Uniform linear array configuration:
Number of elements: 12
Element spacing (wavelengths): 0.5
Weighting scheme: binomial
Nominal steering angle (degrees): -45
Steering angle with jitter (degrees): -46.178
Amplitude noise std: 0.05
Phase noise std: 0.05

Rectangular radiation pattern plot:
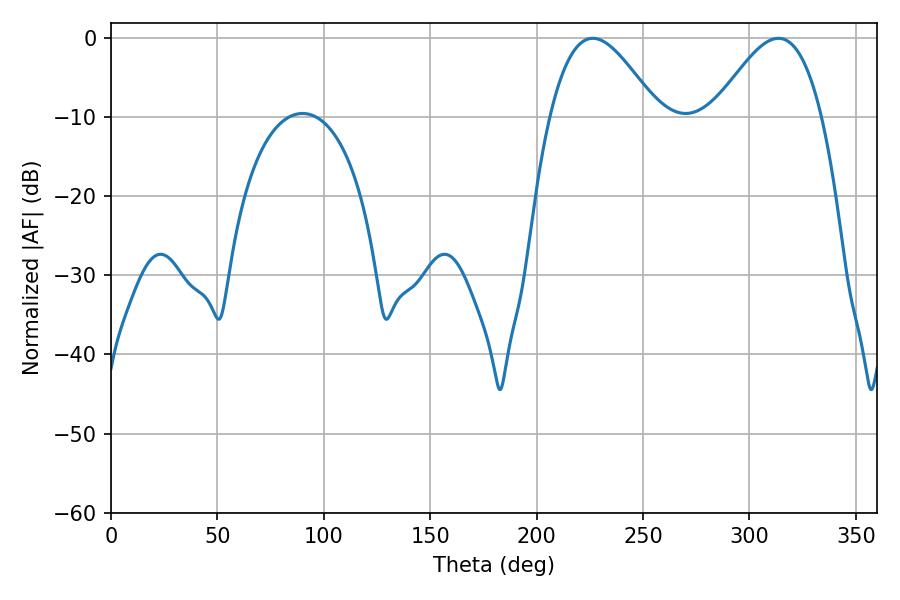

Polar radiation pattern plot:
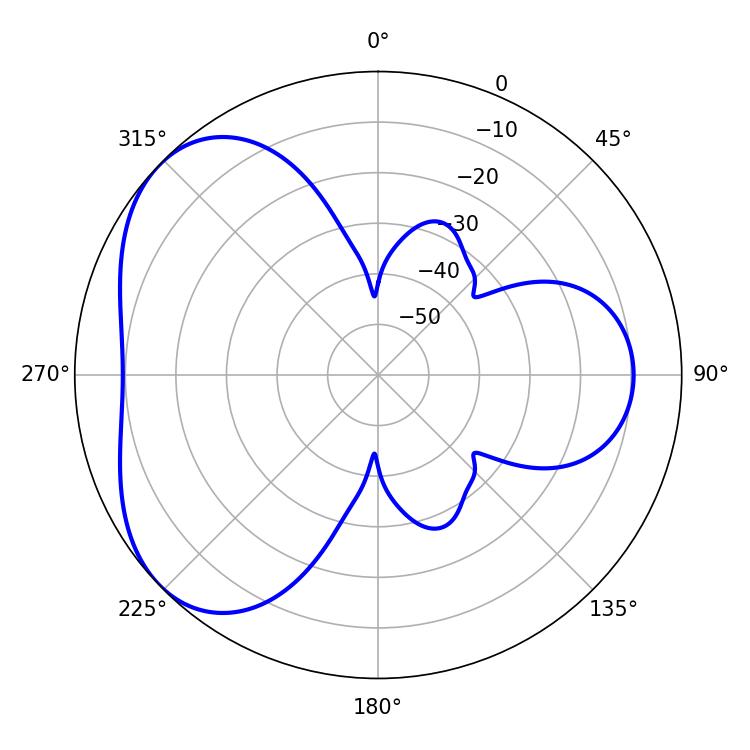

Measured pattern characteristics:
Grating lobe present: FALSE
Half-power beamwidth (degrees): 27.18
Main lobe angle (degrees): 226.44